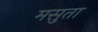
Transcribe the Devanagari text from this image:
मसुता